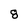
Character: 8